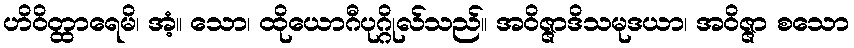
ဟိဝိတ္ထာရေမိ၊ အံ့။ သော၊ ထိုယောဂီပုဂ္ဂိုလ်သည်။ အဝိဇ္ဇာဒိသမုဒယာ၊ အဝိဇ္ဇာ စသော